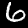
Digit: 6